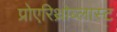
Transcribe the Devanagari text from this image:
प्रोएरिथ्रोब्लास्ट